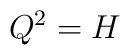
Q^2=H